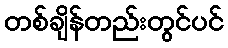
တစ်ချိန်တည်းတွင်ပင်